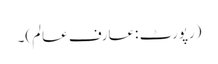
(رپورٹ :عارف عالم)۔